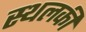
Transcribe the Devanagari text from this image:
स्‍थलकी